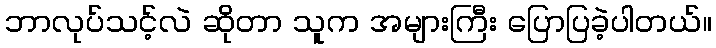
ဘာလုပ်သင့်လဲ ဆိုတာ သူက အများကြီး ပြောပြခဲ့ပါတယ်။